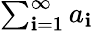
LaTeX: \textstyle\sum_{\mathbf{i}=1}^{\infty}a_{\mathbf{i}}